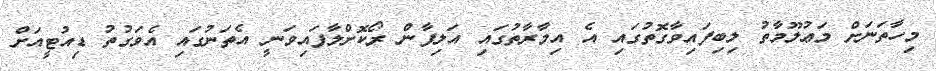
މިހާތަނަށް މަޢުލޫމާތު ލިބިފައިވާގޮތުގައި އެ އިމާރާތުގައި އަލިފާން ރޯކޮށްލާފައިވަނީ އެތަނުގައި އެވަގުތު ޑިއުޓީއަށް